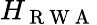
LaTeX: H_{\mathrm{~R~W~A~}}